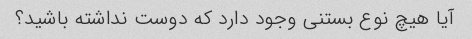
آیا هیچ نوع بستنی وجود دارد که دوست نداشته باشید؟